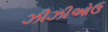
ઝીઝીઓઉ